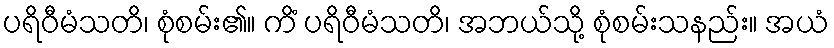
ပရိဝီမံသတိ၊ စုံစမ်း၏။ ကိံ ပရိဝီမံသတိ၊ အဘယ်သို့ စုံစမ်းသနည်း။ အယံ